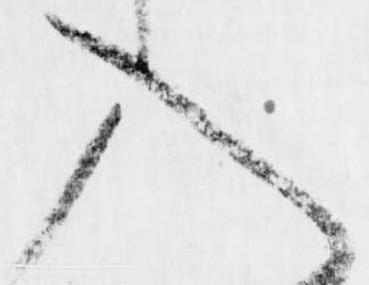
入